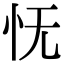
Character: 怃